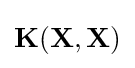
{\textbf {K}}({\textbf {X}},{\textbf {X}})